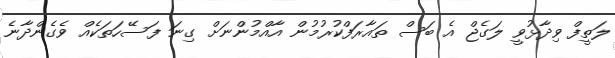
ލަތީފް ވިދާޅުވީ ލަގެޖް އެ ބަސް ތައާރަފްކުރުމުން އާއްމުންނަށް ގިނަ ފަސޭހަތަކެއް ވެގެންދާނެ